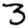
Digit: 3